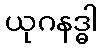
ယုဂနဒ္ဓါ